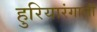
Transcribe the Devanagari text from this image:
हुरियारंगाली